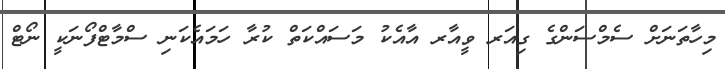
މިހާތަނަަށް ސެމްސަންގެ ގިއަރ ވީއާރ އާއެކު މަސައްކަތް ކުރާ ހަމައެކަނި ސްމާޓްފޯނަކީ ނޯޓް